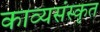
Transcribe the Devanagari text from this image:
काव्यसंस्कृत